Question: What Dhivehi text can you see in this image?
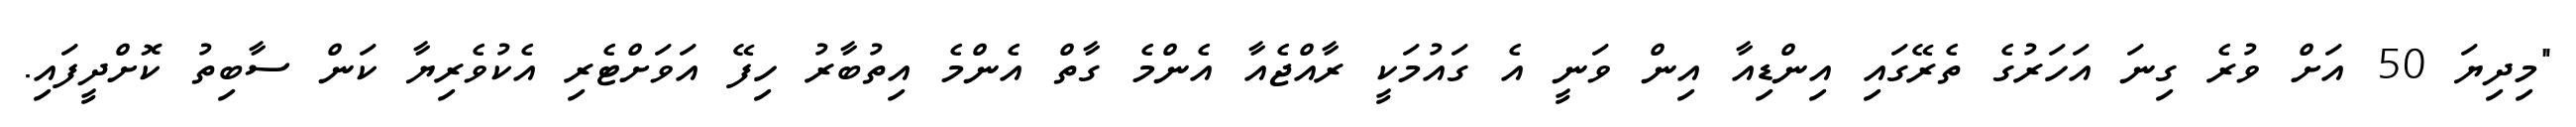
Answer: "މިދިޔަ 50 އަށް ވުރެ ގިނަ އަހަރުގެ ތެރޭގައި އިންޑިއާ އިން ވަނީ އެ ގައުމަކީ ރާއްޖެއާ އެންމެ ގާތް އެންމެ އިތުބާރު ހިފޭ އަވަށްޓެރި އެކުވެރިޔާ ކަން ސާބިތު ކޮށްދީފައި.